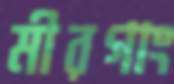
মীরগাং